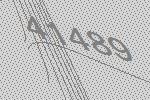
41489